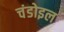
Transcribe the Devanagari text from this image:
चंडोइल